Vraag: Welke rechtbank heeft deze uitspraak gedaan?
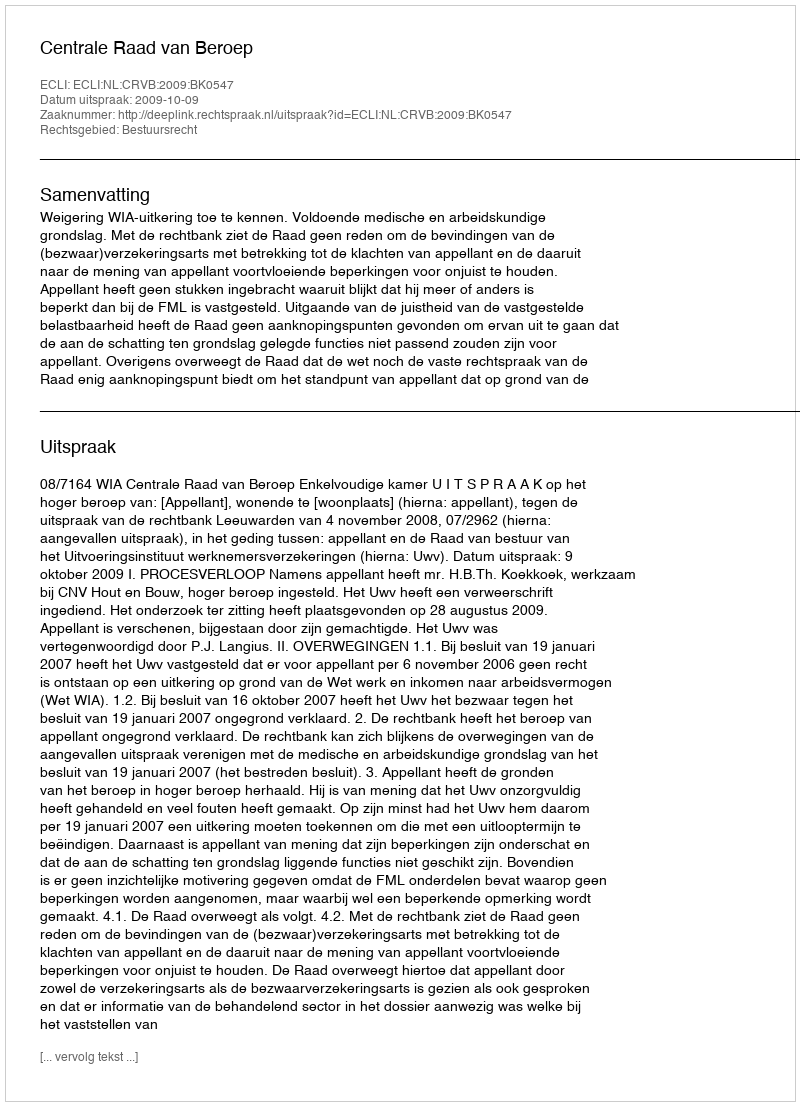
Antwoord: Centrale Raad van Beroep